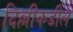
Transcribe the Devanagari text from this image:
दिल्लीकडील